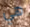
هي